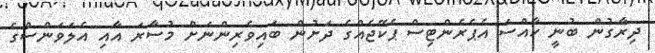
ދިރާގުން ބުނީ ހާއްސަ އެޕެރެންޓިސް ޕެކޭޖެއްގެ ދަށުން ބައިވެރިންނަށް މުސާރަ އާއި އެލަވަންސްގެ